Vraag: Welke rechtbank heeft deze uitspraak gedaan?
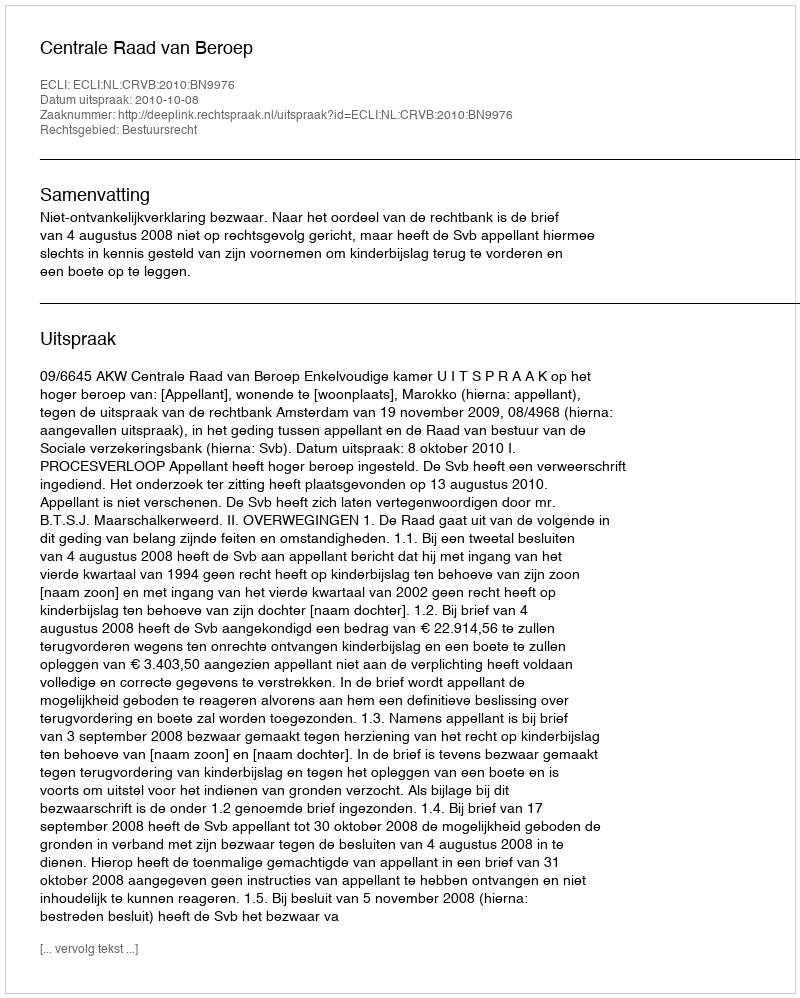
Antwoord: Centrale Raad van Beroep